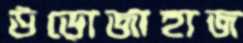
উড়োজাহাজ